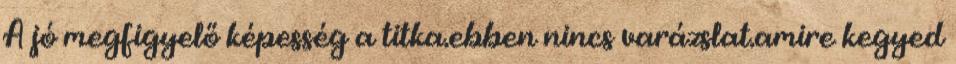
A jó megfigyelő képesség a titka.ebben nincs varázslat.amire kegyed